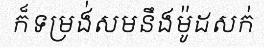
ក៏ទម្រង់សមនឹងម៉ូដសក់